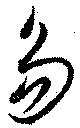
易